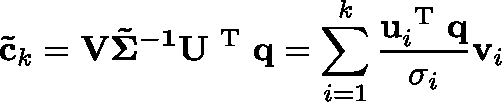
\mathbf { \tilde { c } } _ { k } = \mathbf { V \tilde { \Sigma } ^ { - 1 } U ^ { \mathrm { ~ T ~ } } q } = \sum _ { i = 1 } ^ { k } \frac { \mathbf { u } _ { i } ^ { \mathrm { ~ T ~ } } \mathbf { q } } { \sigma _ { i } } \mathbf { v } _ { i }